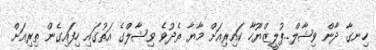
ހިނގާ ދާން ވިޝާލް..ޕުލީޒްޔޫހާ ކައިރިއަށް މާޔާ ތެދުވެ ވިޝާލްގެ އަތުގައި ހިފައިގެން ތިރިއަށް